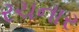
રચનાર